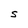
Character: S